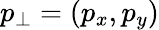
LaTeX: p_{\perp}=(p_{x},p_{y})